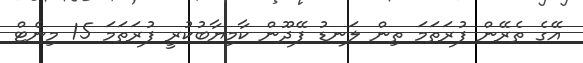
އޭގެ ތެރޭން ފުރަތަމަ ތިން ލަނޑު ފޭދޫން ކާމިޔާބުކުރީ ފުރަތަމަ 15 މިނެޓް